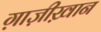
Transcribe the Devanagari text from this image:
ग़ाज़ीख़ान